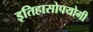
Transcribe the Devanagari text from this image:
इतिहासोपयोगी